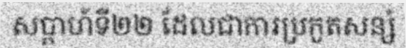
សប្តាហ៍ទី២២ ដែលជាការប្រកួតសន្សំ